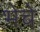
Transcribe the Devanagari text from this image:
भेचे